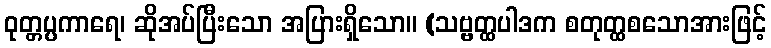
ဝုတ္တပ္ပကာရေ၊ ဆိုအပ်ပြီးသော အပြားရှိသော။ (သဗ္ဗတ္ထပါဒက စတုတ္ထစသောအားဖြင့်